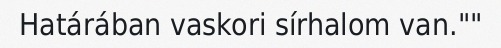
Határában vaskori sírhalom van.""